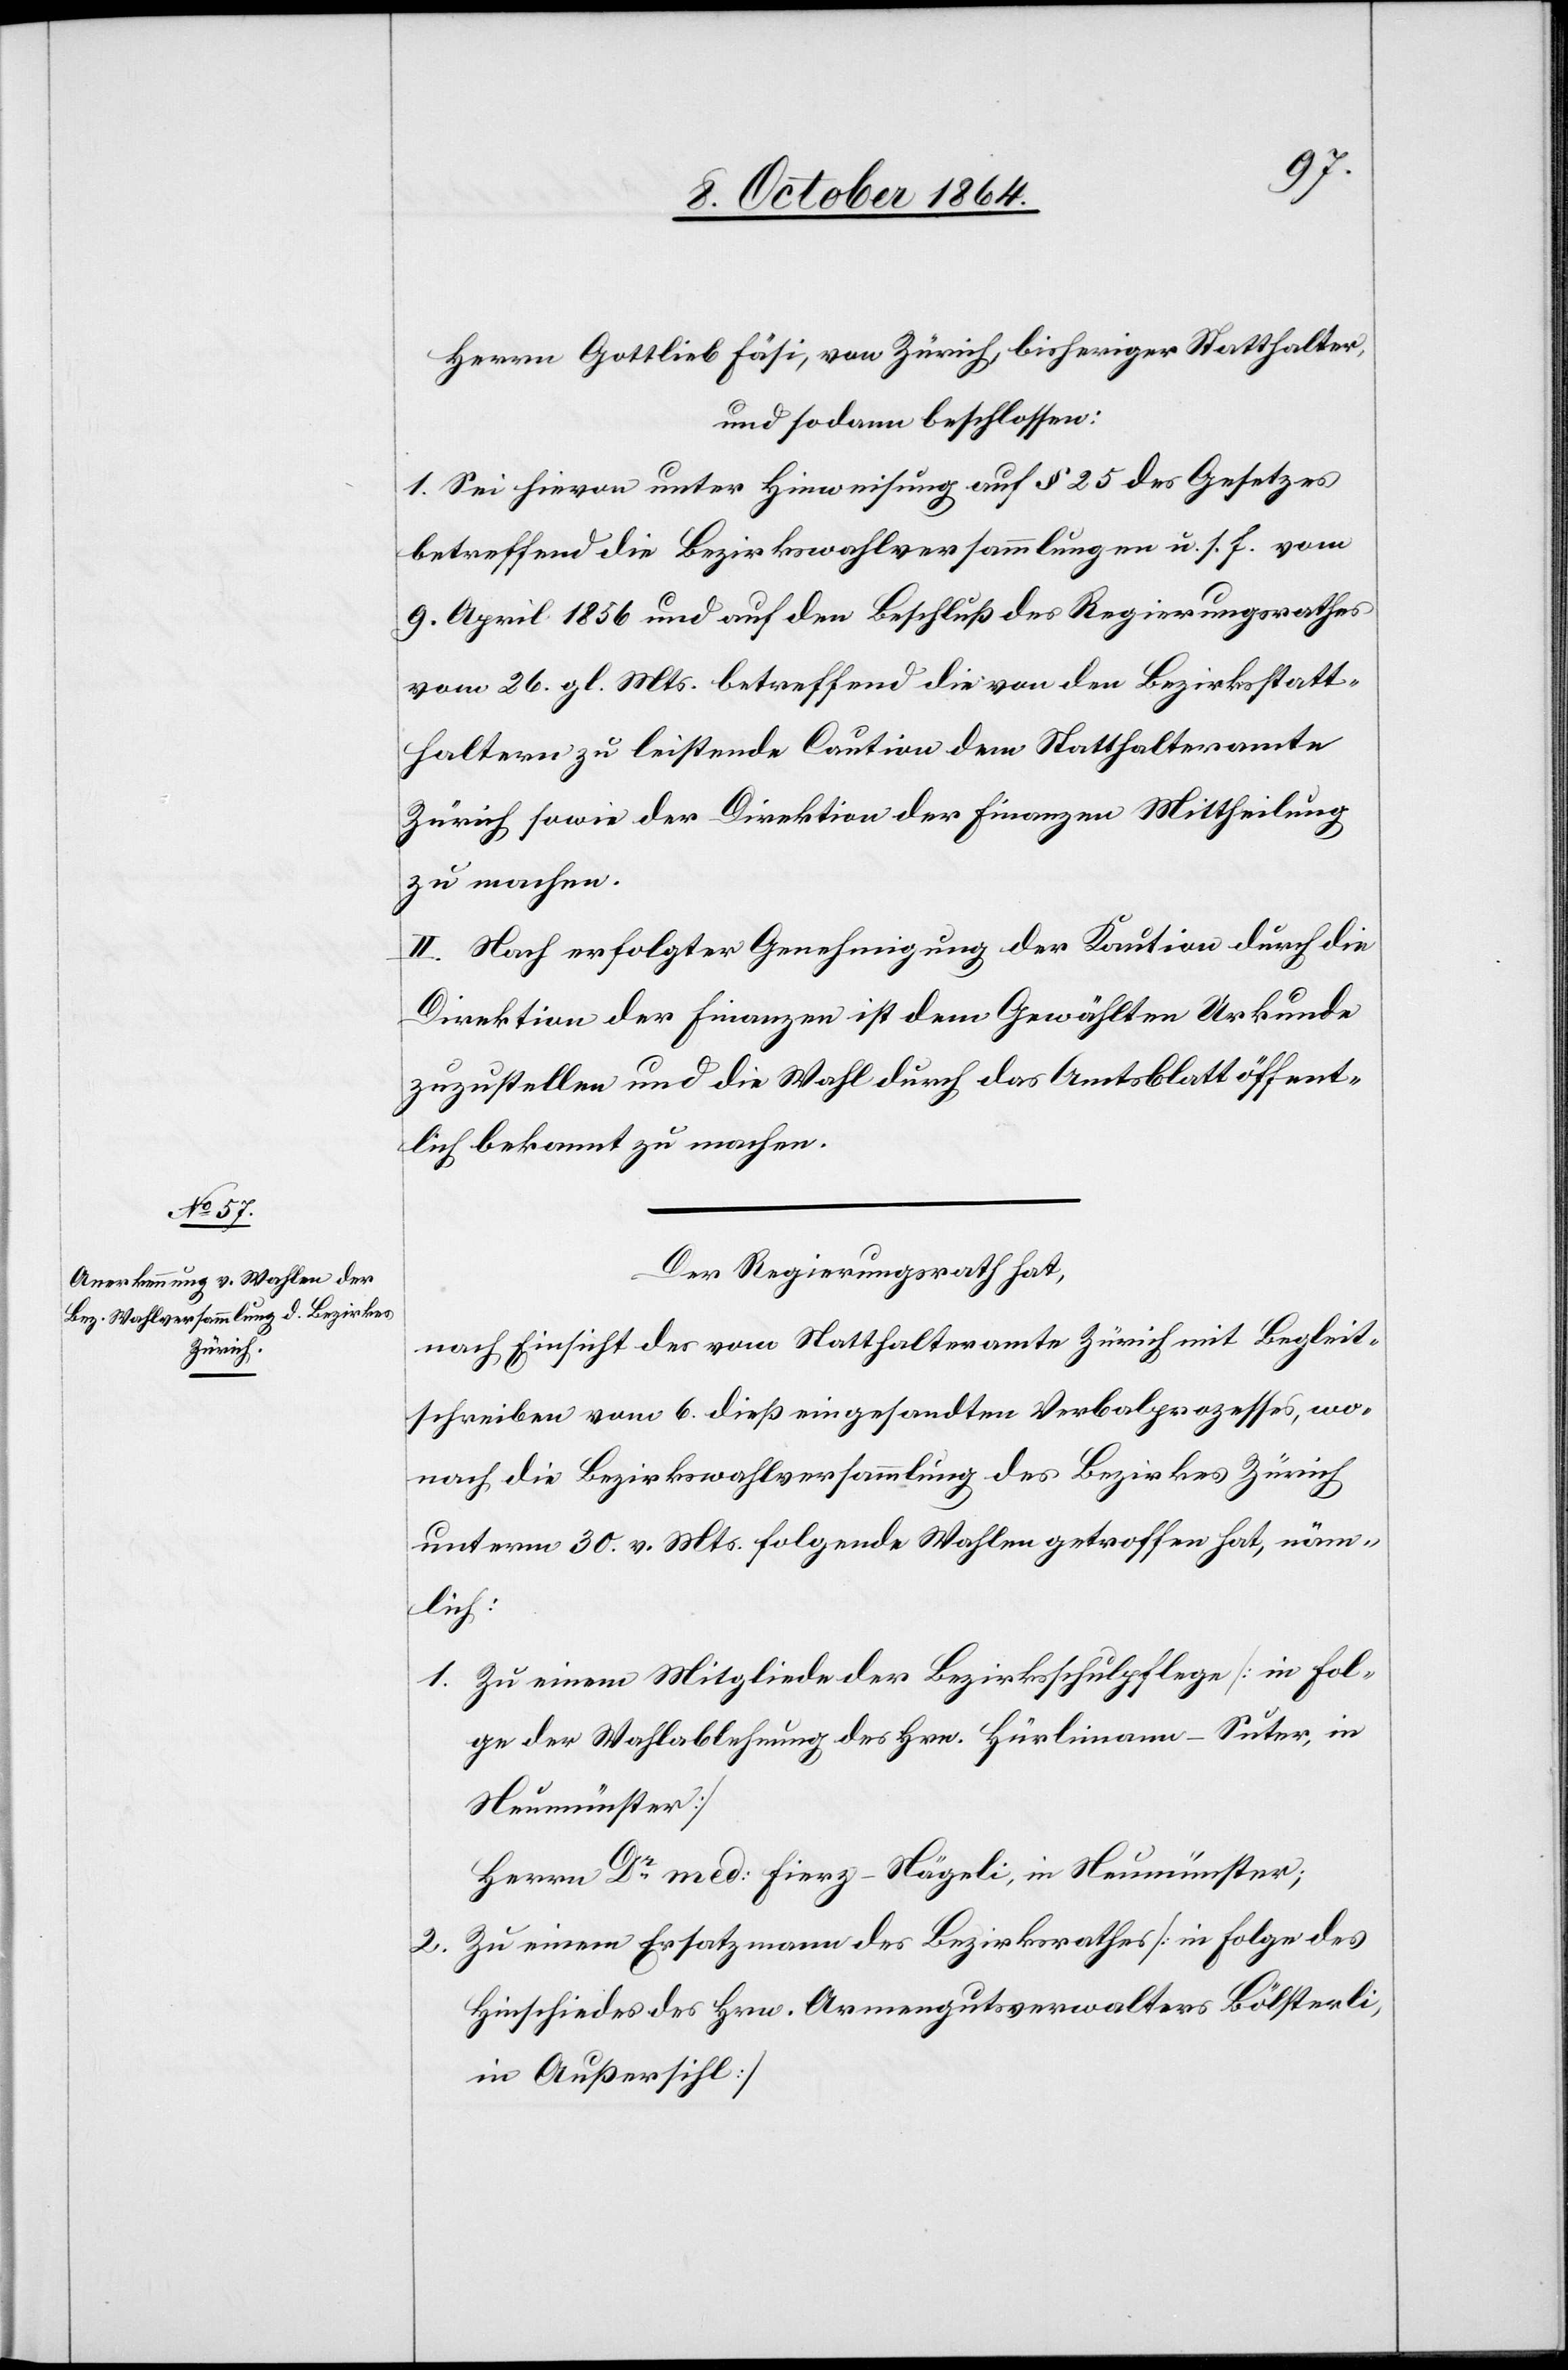
Herrn Gottlieb Fäsi, von Zürich, bisheriger Statthalter,
und sodann beschlossen:
1. Sei hievon unter Hinweisung auf § 25 des Gesetzes
betreffend die Bezirkswahlversammlungen u. s. f. vom
9. April 1856 und auf den Beschluß des Regierungsrathes
vom 26. gl. Mts. betreffend die von den Bezirksstatt¬
haltern zu leistende Caution dem Statthalteramte
Zürich sowie der Direktion der Finanzen Mittheilung
zu machen.
Nach erfolgter Genehmigung der Kaution durch die
Direktion der Finanzen ist dem Gewählten Urkunde
zuzustellen und die Wahl durch das Amtsblatt öffent¬
lich bekannt zu machen.
Der Regierungsrath hat,
nach Einsicht des vom Statthalteramte Zürich mit Begleit¬
schreiben vom 6. dieß eingesandten Verbalprozesses, wo¬
nach die Bezirkswahlversammlung des Bezirkes Zürich
unterm 30. v. Mts. folgende Wahlen getroffen hat, näm¬
lich:
1.	Zu einem Mitgliede der Bezirksschulpflege [in Fol¬
ge der Wahlablehung des Hrn. Hürlimann-Suter, in
Neumünster]
Herrn Dr med. Fierz-Nägeli, in Neumünster;
2.	Zu einem Ersatzmann des Bezirksrathes [in Folge des
Hinschiedes des Hrn. Armengutsverwalter Bölsterli,
in Außersihl]